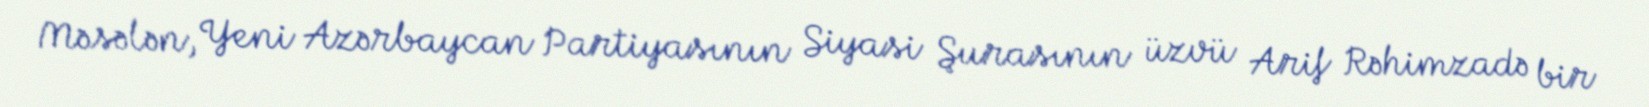
Məsələn, Yeni Azərbaycan Partiyasının Siyasi Şurasının üzvü Arif Rəhimzadə bir